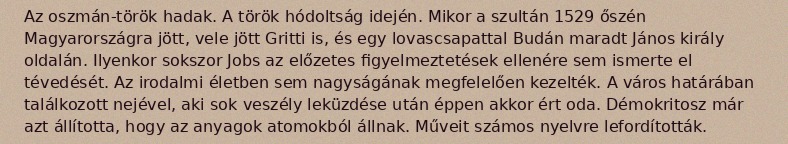
Az oszmán-török hadak. A török hódoltság idején. Mikor a szultán 1529 őszén Magyarországra jött, vele jött Gritti is, és egy lovascsapattal Budán maradt János király oldalán. Ilyenkor sokszor Jobs az előzetes figyelmeztetések ellenére sem ismerte el tévedését. Az irodalmi életben sem nagyságának megfelelően kezelték. A város határában találkozott nejével, aki sok veszély leküzdése után éppen akkor ért oda. Démokritosz már azt állította, hogy az anyagok atomokból állnak. Műveit számos nyelvre lefordították.